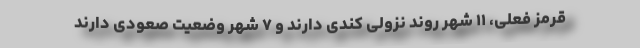
قرمز فعلی، ۱۱ شهر روند نزولی کندی دارند و ۷ شهر وضعیت صعودی دارند